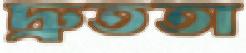
দ্রুততা